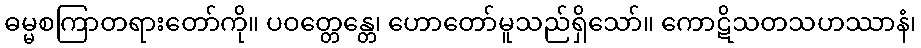
ဓမ္မစကြာတရားတော်ကို။ ပဝတ္တေန္တေ၊ ဟောတော်မူသည်ရှိသော်။ ကောဋိသတသဟဿာနံ၊